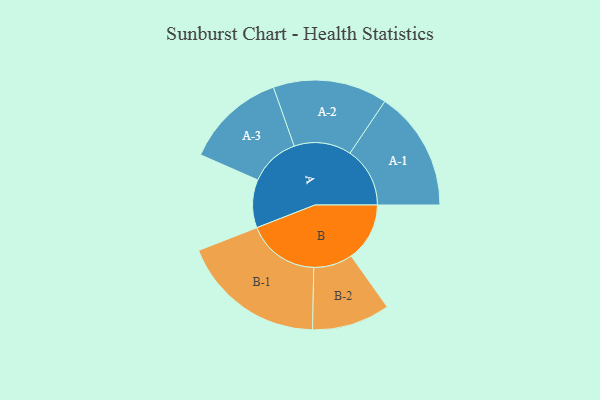
{"axis": {"x": "Segment", "y": "Value"}, "legend": ["", "A", "B"], "data": [{"x": "A", "y": 191, "type": ""}, {"x": "B", "y": 232, "type": ""}, {"x": "A-1", "y": 238, "type": "A"}, {"x": "A-2", "y": 227, "type": "A"}, {"x": "A-3", "y": 199, "type": "A"}, {"x": "B-1", "y": 287, "type": "B"}, {"x": "B-2", "y": 155, "type": "B"}]}